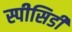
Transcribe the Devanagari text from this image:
स्पीसिडी